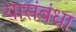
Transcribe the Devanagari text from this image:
यासंबंधा